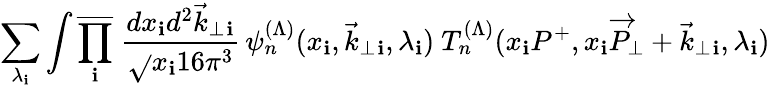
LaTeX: \sum_{\lambda_{\mathbf{i}}}\int\overline{{{{\prod_{\mathbf{i}}}}}}\ {\frac{{dx_{\mathbf{i}}d^{2}\vec{{k}}_{\perp}{}_{\mathbf{i}}}}{{\sqrt{}{{x_{\mathbf{i}}}}16\pi^{3}}}}\, \psi_{n}^{(\Lambda)}(x_{\mathbf{i}},\vec{{k}}_{\perp}{}_{\mathbf{i}},\lambda_{\mathbf{i}})\ T_{n}^{(\Lambda)}(x_{\mathbf{i}}P^{+},x_{\mathbf{i}}\overrightarrow{P}_{\perp}+\vec{{k}}_{\perp}{}_{\mathbf{i}},\lambda_{\mathbf{i}})